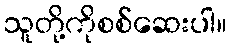
သူတို့ကိုစစ်ဆေးပါ။